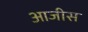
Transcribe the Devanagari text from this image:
आजीस